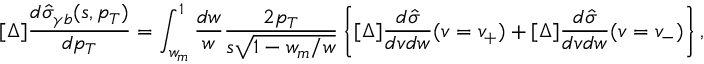
[ \Delta ] \frac { d \hat { \sigma } _ { \gamma b } ( s , p _ { T } ) } { d p _ { T } } = \int _ { w _ { m } } ^ { 1 } \frac { d w } { w } \frac { 2 p _ { T } } { s \sqrt { 1 - w _ { m } / w } } \left\{ [ \Delta ] \frac { d \hat { \sigma } } { d v d w } ( v = v _ { + } ) + [ \Delta ] \frac { d \hat { \sigma } } { d v d w } ( v = v _ { - } ) \right\} ,